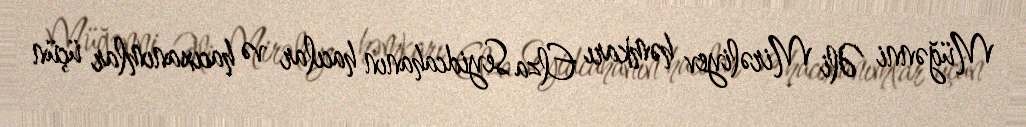
Müğənni Əli Mirəliyev həmkarı Elza Seyidcahanın hacılar və hacıxanımlar üçün